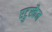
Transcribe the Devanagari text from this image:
एट्रुस्कैन